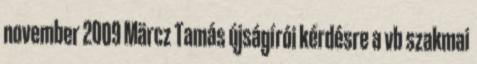
november 2009 Märcz Tamás újságírói kérdésre a vb szakmai